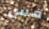
مس